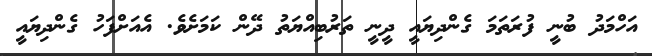
އަހްމަދު ބުނީ ފުރަތަމަ ގެންދިޔައީ ދީނީ ތަރުބިއްޔަތު ދޭން ކަމަށެވެ. އެއަށްފަހު ގެންދިޔައީ